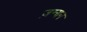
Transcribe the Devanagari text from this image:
ज़न्यन